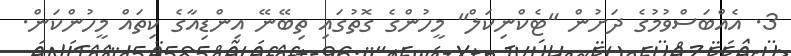
3. އެއްބަސްވުމުގެ ދަށުން "ޓެކްނިކަލް" މީހުންގެ ގޮތުގައި ތިބޭނޭ އިންޑިއާގެ ކިތައް މީހުންކަން.